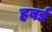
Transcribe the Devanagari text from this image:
हबर्ड